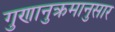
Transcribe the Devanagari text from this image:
गुणानुक्रमानुसार